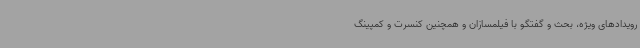
رویدادهای ویژه، بحث و گفتگو با فیلمسازان و همچنین کنسرت و کمپینگ